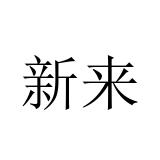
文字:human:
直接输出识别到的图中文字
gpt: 新来